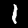
Digit: 1